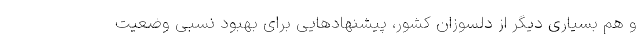
و هم بسیاری دیگر از دلسوزان کشور، پیشنهادهایی برای بهبود نسبی وضعیت